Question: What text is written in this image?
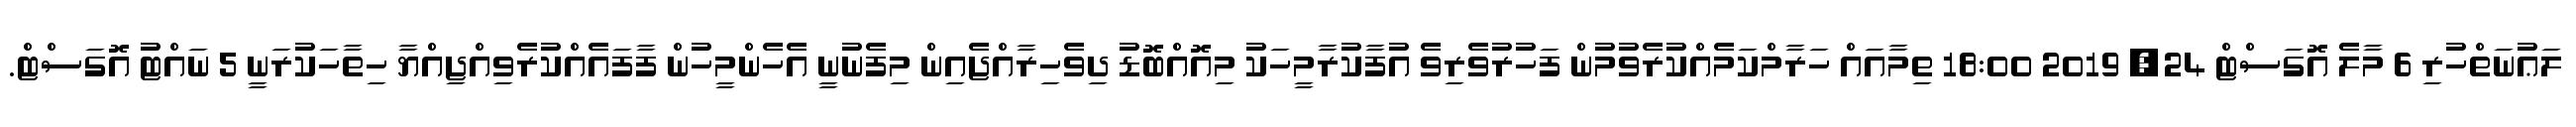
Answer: ލަޢުނަތްހުރި 6 މާލެ އޮގަސްޓް 24, 2019 18:00 ތިމާއައް ހަރާމްކަމެއްކުރެވުމުން ފަހުރުވެރިވެ އުފާކުރާމީހަކު މިއޮއްބޮޑު ދިވެހިރާއްޖެއިން މިފެނުނީ އެހެންމީހުން ފާފައެއްކުރެވިއްޖިއްޔާ ހިތާހަކުރަނީ 5 ނައްޓު އޮގަސްޓް.